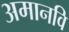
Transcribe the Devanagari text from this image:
अमानवि